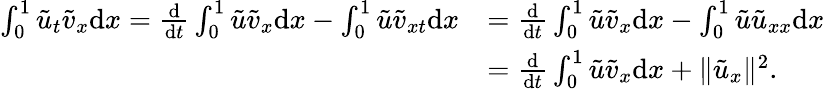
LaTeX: \begin{array}{rl}{\int_{0}^{1}{\tilde{u}}_{t}{\tilde{v}}_{x}{\mathrm{d}x}=\frac{\mathrm{d}}{\mathrm{d}t}\int_{0}^{1}{\tilde{u}}{\tilde{v}}_{x}{\mathrm{d}x}-\int_{0}^{1}{\tilde{u}}{\tilde{v}}_{xt}{\mathrm{d}x}}&{=\frac{\mathrm{d}}{\mathrm{d}t}\int_{0}^{1}{\tilde{u}}{\tilde{v}}_{x}{\mathrm{d}x}-\int_{0}^{1}{\tilde{u}}{\tilde{u}}_{xx}{\mathrm{d}x}}\\ &{=\frac{\mathrm{d}}{\mathrm{d}t}\int_{0}^{1}{\tilde{u}}{\tilde{v}}_{x}{\mathrm{d}x}+\| {\tilde{u}}_{x}\| ^{2}.}\end{array}